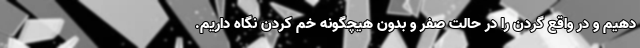
دهیم و در واقع گردن را در حالت صفر و بدون هیچگونه خم کردن نگاه داریم.